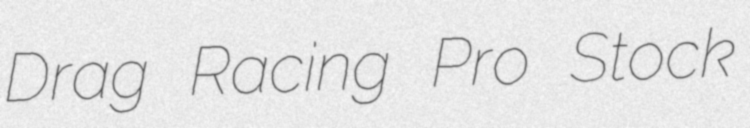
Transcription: Drag Racing Pro Stock